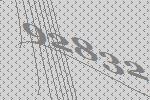
92832